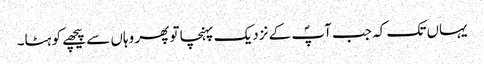
یہاں تک کہ جب آپؐ کے نزدیک پہنچا تو پھر وہاں سے پیچھے کو ہٹا۔